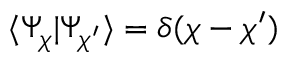
\langle \Psi _ { \chi } | \Psi _ { \chi ^ { \prime } } \rangle = \delta ( \chi - \chi ^ { \prime } )